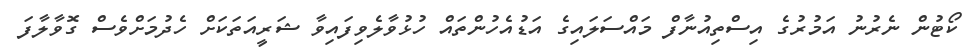
ކޯޓުން ނެރުނު އަމުރުގެ އިސްތިއުނާފް މައްސަލައިގެ އަޑުއެހުންތައް ހުޅުވާލެވިފައިވާ ޝަރީއަތަކަށް ހެދުމަށްވެސް ގޮވާލާފަ